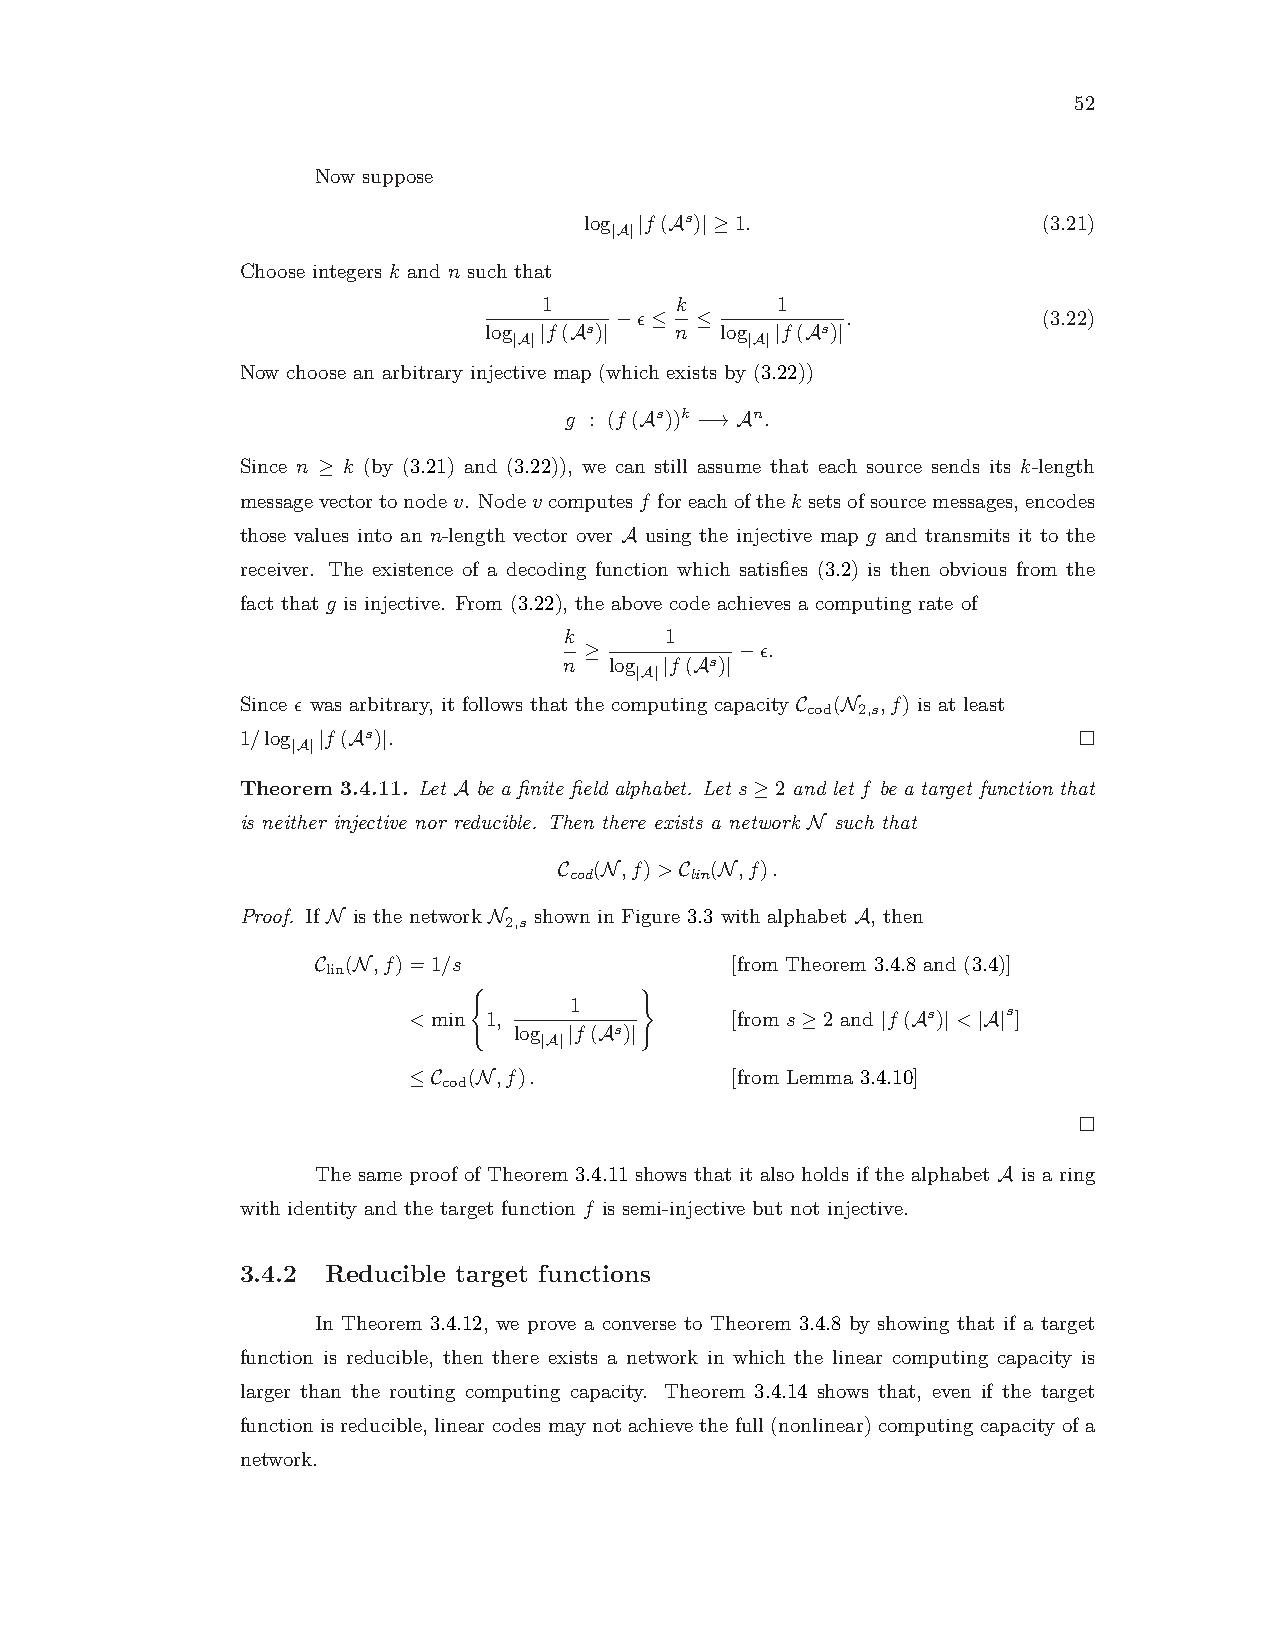
52
 Now suppose
 log |f(As)|≥1.                (3.21)
 |A|
 Choose integers k and n such that
 1        k     1
 −ǫ≤  ≤         .            (3.22)
 log |f(As)|  n  log |f(As)|
 |A|            |A|
 Now choose an arbitrary injective map (which exists by (3.22))
 g : (f(As))k −→An.
 Since n ≥ k (by (3.21) and (3.22)), we can still assume that each source sends its k-length
 messagevectortonodev. Nodev computesf foreachofthek setsofsourcemessages,encodes
 those values into an n-length vector over A using the injective map g and transmits it to the
 receiver. The existence of a decoding function which satisfies (3.2) is then obvious from the
 fact that g is injective. From (3.22), the above code achieves a computing rate of
 k      1
 ≥         −ǫ.
 n  log |f(As)|
 |A|
 Since ǫ was arbitrary, it follows that the computing capacity C (N ,f) is at least
 cod 2,s
 1/log |f(As)|.
 |A|
 Theorem 3.4.11. Let A be a finite field alphabet. Let s≥2 and let f be a target function that
 is neither injective nor reducible. Then there exists a network N such that
 C (N,f)>C (N,f).
 cod     lin
 Proof. If N is the network N shown in Figure 3.3 with alphabet A, then
 2,s
 C (N,f)=1/s                [from Theorem 3.4.8 and (3.4)]
 lin
 1
 <min 1,              [from s≥2 and |f(As)|<|A|s]
 log |f(As)|
 (    |A|   )
 ≤C  (N,f).           [from Lemma 3.4.10]
 cod
 The same proof of Theorem 3.4.11 shows that it also holds if the alphabet A is a ring
 with identity and the target function f is semi-injective but not injective.
 3.4.2 Reducible target functions
 In Theorem 3.4.12, we prove a converse to Theorem 3.4.8 by showing that if a target
 function is reducible, then there exists a network in which the linear computing capacity is
 larger than the routing computing capacity. Theorem 3.4.14 shows that, even if the target
 function is reducible, linear codes may not achieve the full (nonlinear) computing capacity of a
 network.